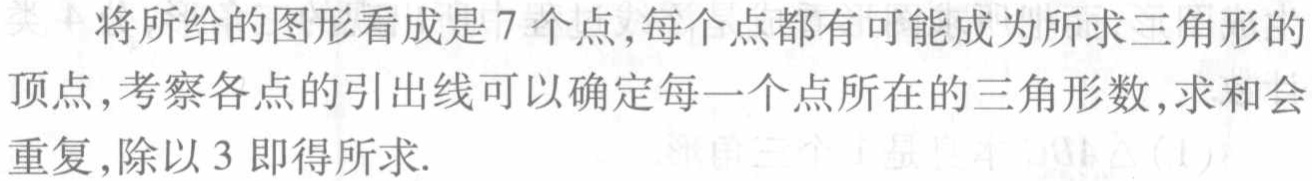
将所给的图形看成是 7 个点,每个点都有可能成为所求三角形的顶点,考察各点的引出线可以确定每一个点所在的三角形数,求和会重复,除以 3 即得所求.